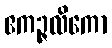
ဧကဉ္ဇလိကော